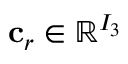
\mathbf { c } _ { r } \in \mathbb { R } ^ { I _ { 3 } }